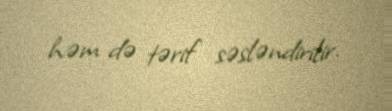
həm də tərif səsləndirilir.